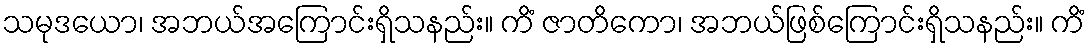
သမုဒယော၊ အဘယ်အကြောင်းရှိသနည်း။ ကိံ ဇာတိကော၊ အဘယ်ဖြစ်ကြောင်းရှိသနည်း။ ကိံ